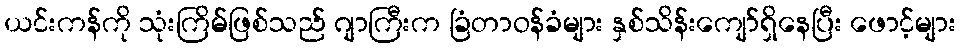
ယင်းကန်ကို သုံးကြိမ်ဖြစ်သည် ဂျာကြီးက ခြံတာဝန်ခံများ နှစ်သိန်းကျော်ရှိနေပြီး ဖောင့်များ